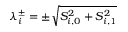
\lambda _ { i } ^ { \pm } = \pm \sqrt { S _ { i , 0 } ^ { 2 } + S _ { i , 1 } ^ { 2 } }